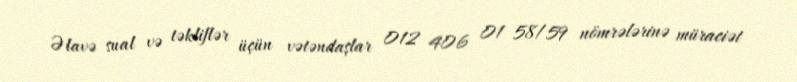
Əlavə sual və təkliflər üçün vətəndaşlar 012 406 01 58/59 nömrələrinə müraciət